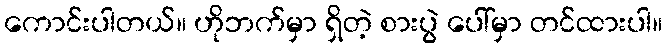
ကောင်းပါတယ်။ ဟိုဘက်မှာ ရှိတဲ့ စားပွဲ ပေါ်မှာ တင်ထားပါ။